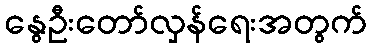
နွေဦးတော်လှန်ရေးအတွက်